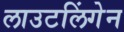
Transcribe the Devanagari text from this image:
लाउटलिंगेन